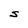
Character: S